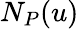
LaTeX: N_{P}(u)